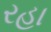
રહા